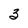
Character: 3